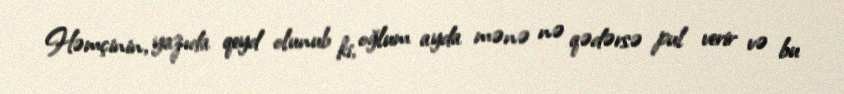
Həmçinin, yazıda qeyd olunub ki, oğlum ayda mənə nə qədərsə pul verir və bu